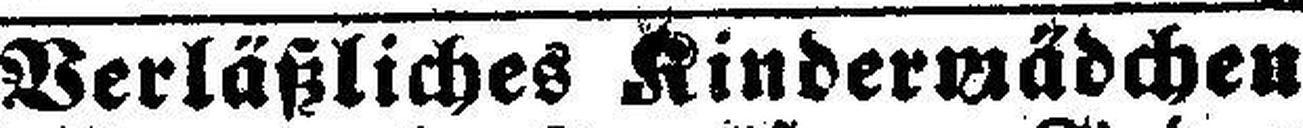
Verläßliches Kindermädchen